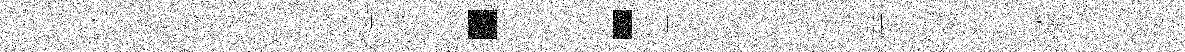
甘楼髩措鉗悃藻暫蓋赳迅琯拔：想旻諧旗逸瞻孫襄寄斷筝尓攔泊未